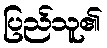
ပြည်သူ၏